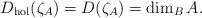
\begin{align*}D_{\rm hol}(\zeta_A)=D(\zeta_A)=\dim_BA.\end{align*}